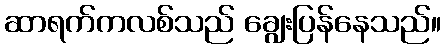
ဆာရက်ကလစ်သည် ချွေးပြန်နေသည်။